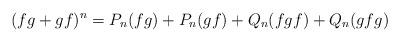
LaTeX: \begin{align*}(fg + gf)^n = P_n(fg) + P_n(gf) + Q_n(fgf) + Q_n(gfg)\end{align*}